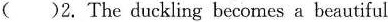
( )2. The duckling becomes a beautiful